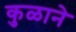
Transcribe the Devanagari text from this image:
कुळाने